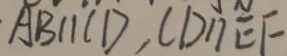
A B / / C D , C D / / E F